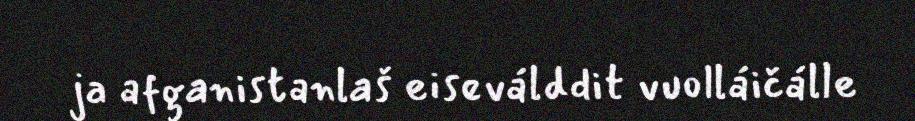
ja afganistanlaš eiseválddit vuolláičálle